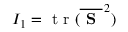
I _ { 1 } = \mathrm { ~ t ~ r ~ } ( \overline { { { \textbf { S } } } } ^ { \, 2 } )